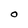
Character: O